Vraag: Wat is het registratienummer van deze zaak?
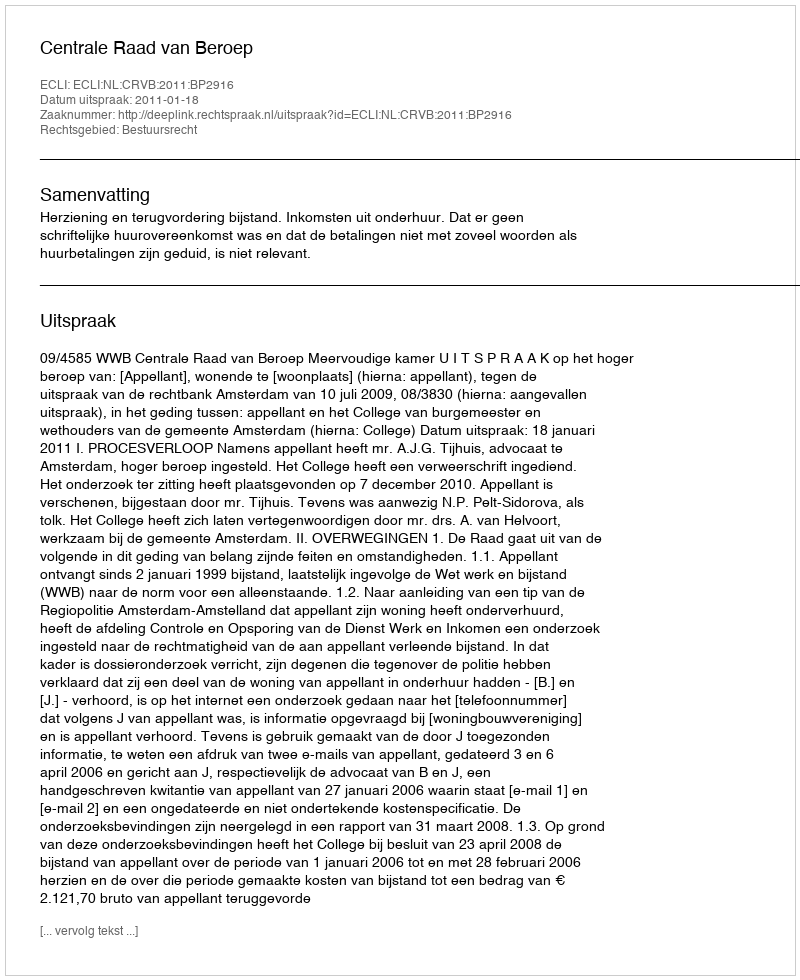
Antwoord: http://deeplink.rechtspraak.nl/uitspraak?id=ECLI:NL:CRVB:2011:BP2916